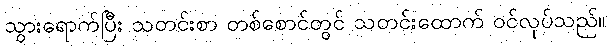
သွားရောက်ပြီး သတင်းစာ တစ်စောင်တွင် သတင်းထောက် ဝင်လုပ်သည်။